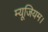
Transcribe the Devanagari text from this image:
म्यूजियम।